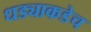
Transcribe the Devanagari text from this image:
धड्याकडेच